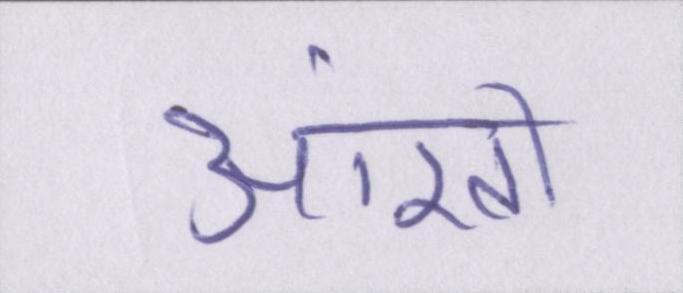
आंखों